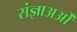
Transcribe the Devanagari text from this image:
संज्ञाअओं